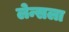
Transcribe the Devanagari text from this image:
लेन्सला